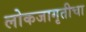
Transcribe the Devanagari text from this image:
लोकजागृतीचा